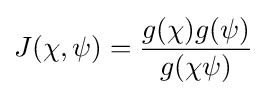
J(\chi ,\psi )={\frac {g(\chi )g(\psi )}{g(\chi \psi )}}